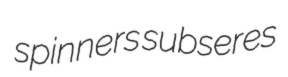
spinners subseres